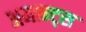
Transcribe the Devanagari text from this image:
अमान्ट्स